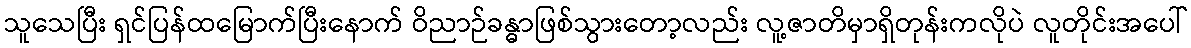
သူသေပြီး ရှင်ပြန်ထမြောက်ပြီးနောက် ဝိညာဉ်ခန္ဓာဖြစ်သွားတော့လည်း လူ့ဇာတိမှာရှိတုန်းကလိုပဲ လူတိုင်းအပေါ်